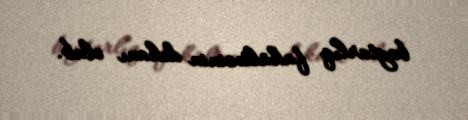
baytarlıq fakültəsinin dekanı olub.